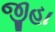
જીહા